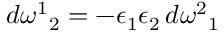
d \omega ^ { 1 } { } _ { 2 } = - \epsilon _ { 1 } \epsilon _ { 2 } \, d \omega ^ { 2 } { } _ { 1 }